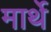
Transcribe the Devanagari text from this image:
मार्थे